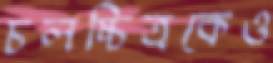
চলচ্চিত্রকেও